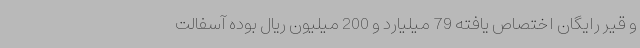
و قیر رایگان اختصاص یافته 79 میلیارد و 200 میلیون ریال بوده آسفالت